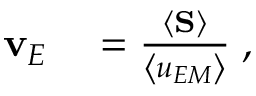
\begin{array} { r l } { { \bf { v } } _ { E } } & { { } = \frac { \left\langle { \bf { S } } \right\rangle } { \left\langle u _ { E M } \right\rangle } \; , } \end{array}